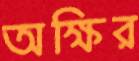
অক্ষির